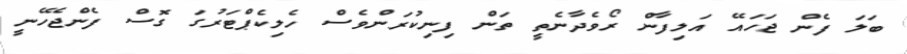
ބަލަ ފެން ޖަހައޭ އަލިފާން ރޯވެދާނެތީ ތަން ފިނިކުރަންވެސް ހެލިކެޕްޓަރުގަ ގޮސް ފެންޖެހޭނީ